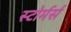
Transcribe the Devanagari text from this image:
स्टोर्मर्स